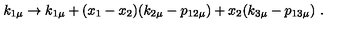
k _ { 1 \mu } \rightarrow k _ { 1 \mu } + ( x _ { 1 } - x _ { 2 } ) ( k _ { 2 \mu } - p _ { 1 2 \mu } ) + x _ { 2 } ( k _ { 3 \mu } - p _ { 1 3 \mu } ) \ .